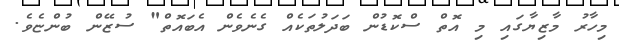
މިހާރު މާޒިޔާގައި މި އޮތް ސްކޮޑުން ބަދަލުތަކެއް ގެނެވެން އެބައޮތް" ސުޒޭން ބުންޏެވެ.